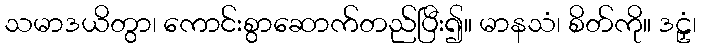
သမာဒယိတွာ၊ ကောင်းစွာဆောက်တည်ပြီး၍။ မာနသံ၊ စိတ်ကို။ ဒဠှံ၊